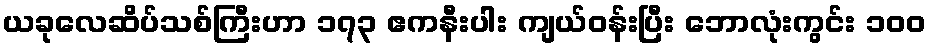
ယခုလေဆိပ်သစ်ကြီးဟာ ၁၇၃ ဧကနီးပါး ကျယ်ဝန်းပြီး ဘောလုံးကွင်း ၁၀၀